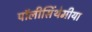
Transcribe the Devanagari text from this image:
पॉलीसिंथेमीया